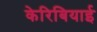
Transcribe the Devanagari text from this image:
केरिबियाई